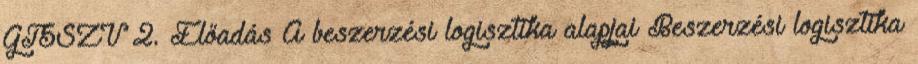
GT5SZV 2. Előadás A beszerzési logisztika alapjai Beszerzési logisztika